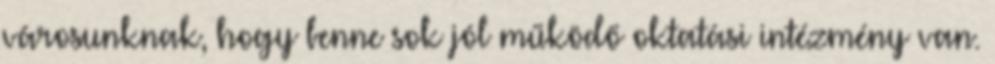
városunknak, hogy benne sok jól működő oktatási intézmény van.